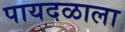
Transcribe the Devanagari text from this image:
पायदळाला